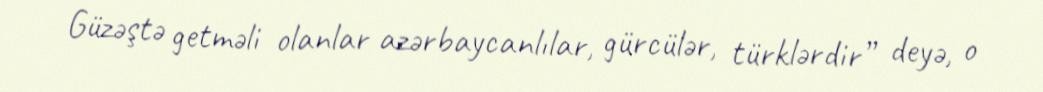
Güzəştə getməli olanlar azərbaycanlılar, gürcülər, türklərdir” deyə, o